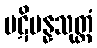
ပဋိပန္နသုတ္တံ